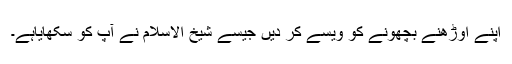
اپنے اوڑھنے بچھونے کو ویسے کر دیں جیسے شیخ الاسلام نے آپ کو سکھایاہے۔